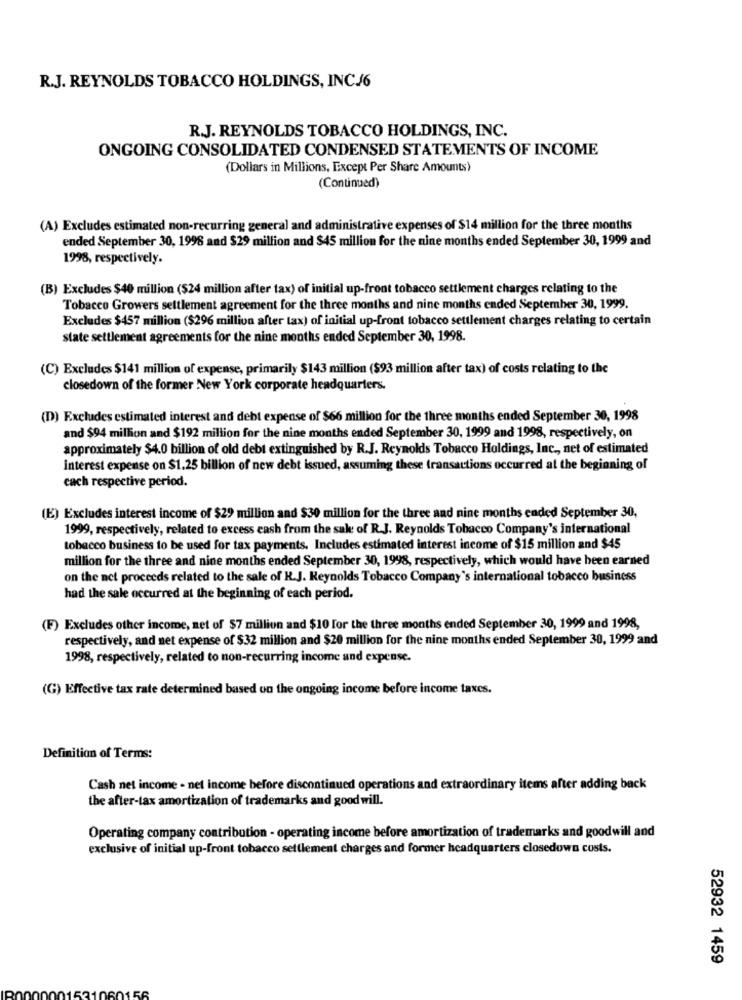
R.J. REYNOLDS TOBACCO HOLDINGS, INCJ6
R.J. REYNOLDS TOBACCO HOLDINGS, INC.
ONGOING CONSOLIDATED CONDENSED STATEMENTS OF INCOME
(Dollars in Millions, Except Per Share Amounts)
(Continued)
(A) Excludes estimated non-recurring general and administrative expenses of $14 million for the three months
ended September 30, 1998 and $29 million and $45 million for the nine months ended September 30, 1999 and
1998, respectively.
(B) Excludes $40 million ($24 million after tax) of initial up-front tobacco settlement charges relating to the
Tobacco Growers settlement agreement for the three months and nine months ended September 30, 1999.
Excludes $457 million ($296 million after tax) of initial up-front tobacco settlement charges relating to certain
state settlement agreements for the nine months ended September 30, 1998.
(C) Excludes $141 million of expense, primarily $143 million ($93 million after tax) of costs relating to the
closedown of the former New York corporate headquarters.
(D) Excludes estimated interest and debt expense of $66 million for the three months ended September 30, 1998
and $94 million and $192 million for the nine months ended September 30, 1999 and 1998, respectively, on
approximately $4.0 billion of old debt extinguished by R.J. Reynolds Tobacco Holdings, Inc ., net of estimated
Interest expense on $1.25 billion of new debt issued, assuming these transactions occurred at the beginning of
cach respective period.
(E) Excludes interest income of $29 million and $30 million for the three and nine months ended September 30,
1999, respectively, related to excess cash from the sale of R.J. Reynolds Tobacco Company's international
tobacco business to be used for tax payments. Includes estimated interest income of $15 million and $45
million for the three and nine months ended September 30, 1998, respectively, which would have been earned
on the net proceeds related to the sale of R.J. Reynolds Tobacco Company's international tobacco business
had the sale occurred at the beginning of each period.
(F) Excludes other income, net of $7 million and $10 for the three months ended September 30, 1999 and 1998,
respectively, and net expense of $32 million and $20 million for the nine months ended September 30, 1999 and
1998, respectively, related to non-recurring income and expense.
(G) Effective tax rate determined based on the ongoing income before income taxes.
Definition of Terms:
Cash net income - net income before discontinued operations and extraordinary items after adding back
the after-tax amortization of trademarks and good will.
Operating company contribution - operating income before amortization of trademarks and goodwill and
exclusive of initial up-front tobacco settlement charges and former headquarters closedown costs.
52932 1459